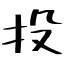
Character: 投